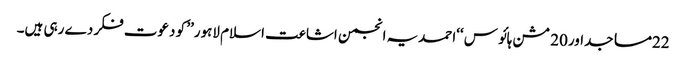
22مساجداور20 مشن ہائو س ‘‘احمدیہ انجمن اشاعت اسلام لاہور’’ کو دعوت فکر دے رہی ہیں۔